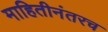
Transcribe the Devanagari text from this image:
माहितीनंतरच